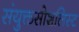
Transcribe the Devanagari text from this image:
संयुक्तसोशलिस्ट